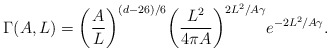
\begin{align*}\Gamma(A,L)={{\left({A\over{L}}\right)}^{(d-26)/6}}{{\left({{L^2}\over{4\pi{A}}}\right)}^{2{L^2}/A\gamma}}{e^{-2{L^2}/A\gamma}}.\end{align*}